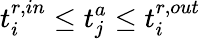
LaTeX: t_{i}^{r,in}\leq t_{j}^{a}\leq t_{i}^{r,out}